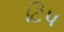
ટિપ